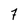
Character: 7